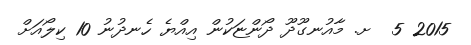
2015 5  ށ. މާއުނގޫދޫ ދޯންޏަކުން އިއްޔެ ހެނދުނު 10 ކިލޯއަށް